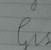
Signature authenticity: forged